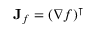
\mathbf { J } _ { f } = ( \nabla f ) ^ { \intercal }